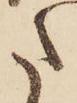
た